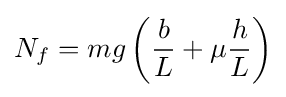
N_{f}=mg\left({\frac {b}{L}}+\mu {\frac {h}{L}}\right)